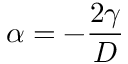
\alpha = - \frac { 2 \gamma } { D }